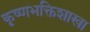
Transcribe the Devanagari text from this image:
कृष्णभक्तिशाखा